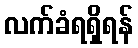
လက်ခံရရှိရန်